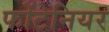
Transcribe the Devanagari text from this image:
फोंटेनियर